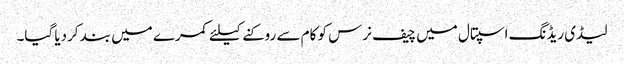
لیڈی ریڈنگ اسپتال میں چیف نرس کو کام سے روکنے کیلئے کمرے میں بند کردیا گیا۔